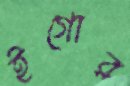
ইগোর